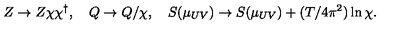
Z \to Z \chi \chi ^ { \dagger } , \quad Q \to Q / \chi , \quad S ( \mu _ { U V } ) \to S ( \mu _ { U V } ) + ( T / 4 \pi ^ { 2 } ) \ln \chi .